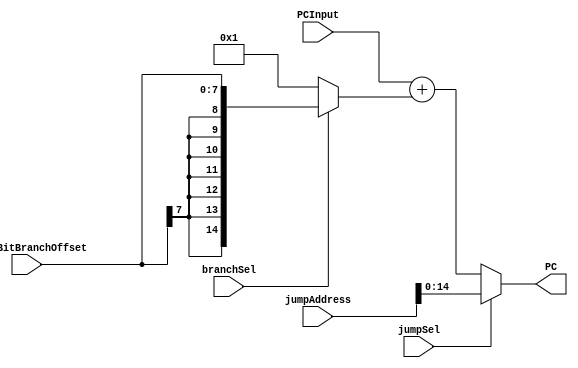
module ProgramCounterLogic(
    input [7:0] eightBitBranchOffset,
    //input [14:0] programCounterValue,
    input [15:0] jumpAddress,
    input branchSel,
    input jumpSel,
	 input [14:0] PCInput,
    output [14:0] PC
    );

wire signed [14:0] signExtendedBranchOff;

wire [14:0] shortenedJumpAddress =jumpAddress[14:0];
wire signed [14:0] oneOrBranch;
wire signed [14:0] wirePCAdder;
 

assign signExtendedBranchOff ={ {7{eightBitBranchOffset[7]}}, eightBitBranchOffset};/*{eightBitBranchOffset[7]},{eightBitBranchOffset[7]},
{eightBitBranchOffset[7]},{eightBitBranchOffset[7]},
{eightBitBranchOffset[7]},{eightBitBranchOffset[7]},{eightBitBranchOffset[7]} , eightBitBranchOffset[7:0]};*/

assign oneOrBranch=(branchSel) ? signExtendedBranchOff : 15'b1;

assign wirePCAdder=PCInput+oneOrBranch;

assign PC=(jumpSel) ? shortenedJumpAddress : wirePCAdder;

	

endmodule